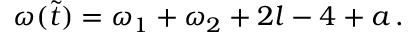
\omega ( \tilde { t } ) = \omega _ { 1 } + \omega _ { 2 } + 2 l - 4 + a \, .